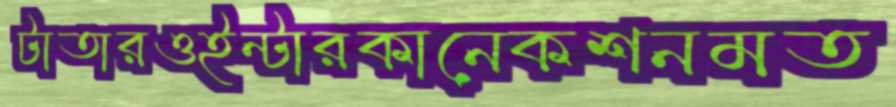
টাতারওইন্টারকানেকশনমত